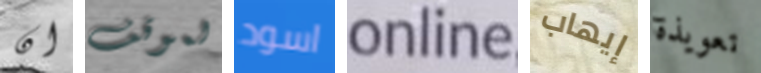
ان لموقف اسود online إيهاب تعويذة